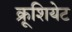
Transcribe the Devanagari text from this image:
क्रूशियेट